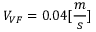
V _ { V F } = 0 . 0 4 [ \frac { m } { s } ]